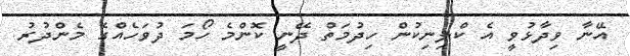
އޭނާ ވިދާޅުވީ އެ ކްލިނިކުން ހިދުމަތް ދޭނީ ކޮންމެ ހޯމަ ދުވަހެއްގެ މެންދުރު